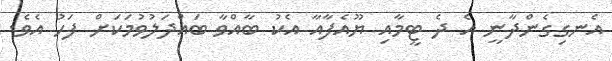
އެނގިގެންދާނީ އެ ދެ ޓީމާއި ޔޫއެފާއާ އެކު ބާއްވާ ބައްދަލުވުމަކަށް ފަހު އެވެ.